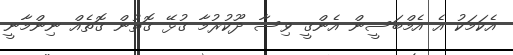
އެކަމަކު އެ އެމްބަސީން އެންގީ ވިސާ ދޫކުރުމާ ގުޅޭ ގޮތުން ގޮތެއް ނިންމާނީ